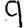
Digit: 9